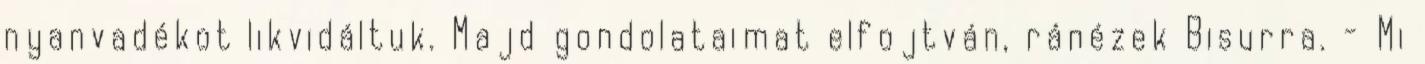
nyanvadékot likvidáltuk. Majd gondolataimat elfojtván, ránézek Bisurra. - Mi